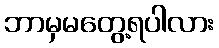
ဘာမှမတွေ့ရပါလား